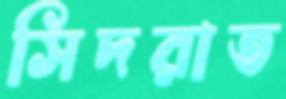
সিদরাত